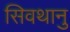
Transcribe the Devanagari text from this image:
सिवथानु